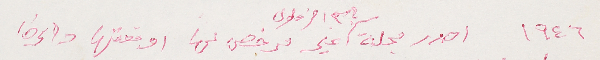
١٩٤٦ اصدر مجلة باسم الزغلول غير مرخص لها اوقفتها دائرة